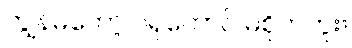
ကျွန်မတော့ ဂရုတောင် မစိုက်ဘူး။